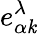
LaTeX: e_{\alpha\mathit{k}}^{\lambda}